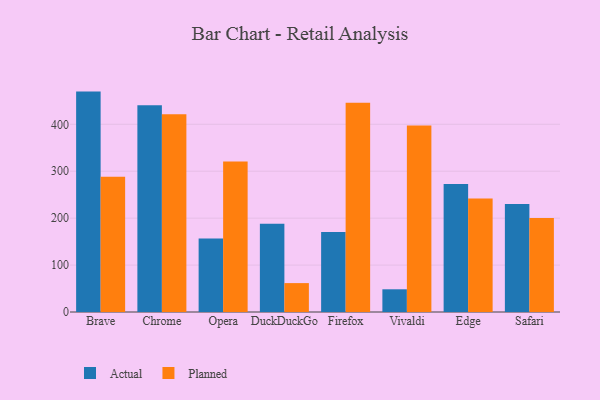
{"axis": {"x": "Browser", "y": "Demand Index"}, "legend": ["Actual", "Planned"], "data": [{"x": "Brave", "y": 469.7, "type": "Actual"}, {"x": "Brave", "y": 288.3, "type": "Planned"}, {"x": "Chrome", "y": 440.8, "type": "Actual"}, {"x": "Chrome", "y": 421.5, "type": "Planned"}, {"x": "Opera", "y": 156.8, "type": "Actual"}, {"x": "Opera", "y": 320.6, "type": "Planned"}, {"x": "DuckDuckGo", "y": 187.9, "type": "Actual"}, {"x": "DuckDuckGo", "y": 61.6, "type": "Planned"}, {"x": "Firefox", "y": 170.3, "type": "Actual"}, {"x": "Firefox", "y": 445.9, "type": "Planned"}, {"x": "Vivaldi", "y": 48.4, "type": "Actual"}, {"x": "Vivaldi", "y": 397.3, "type": "Planned"}, {"x": "Edge", "y": 272.7, "type": "Actual"}, {"x": "Edge", "y": 242.1, "type": "Planned"}, {"x": "Safari", "y": 229.9, "type": "Actual"}, {"x": "Safari", "y": 200.4, "type": "Planned"}]}